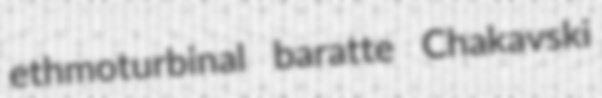
ethmoturbinal baratte Chakavski